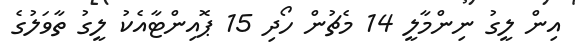
އިން ލީގު ނިންމާލީ 14 މެޗުން ހޯދި 15 ޕޮއިންޓާއެކު ލީގު ތާވަލުގެ